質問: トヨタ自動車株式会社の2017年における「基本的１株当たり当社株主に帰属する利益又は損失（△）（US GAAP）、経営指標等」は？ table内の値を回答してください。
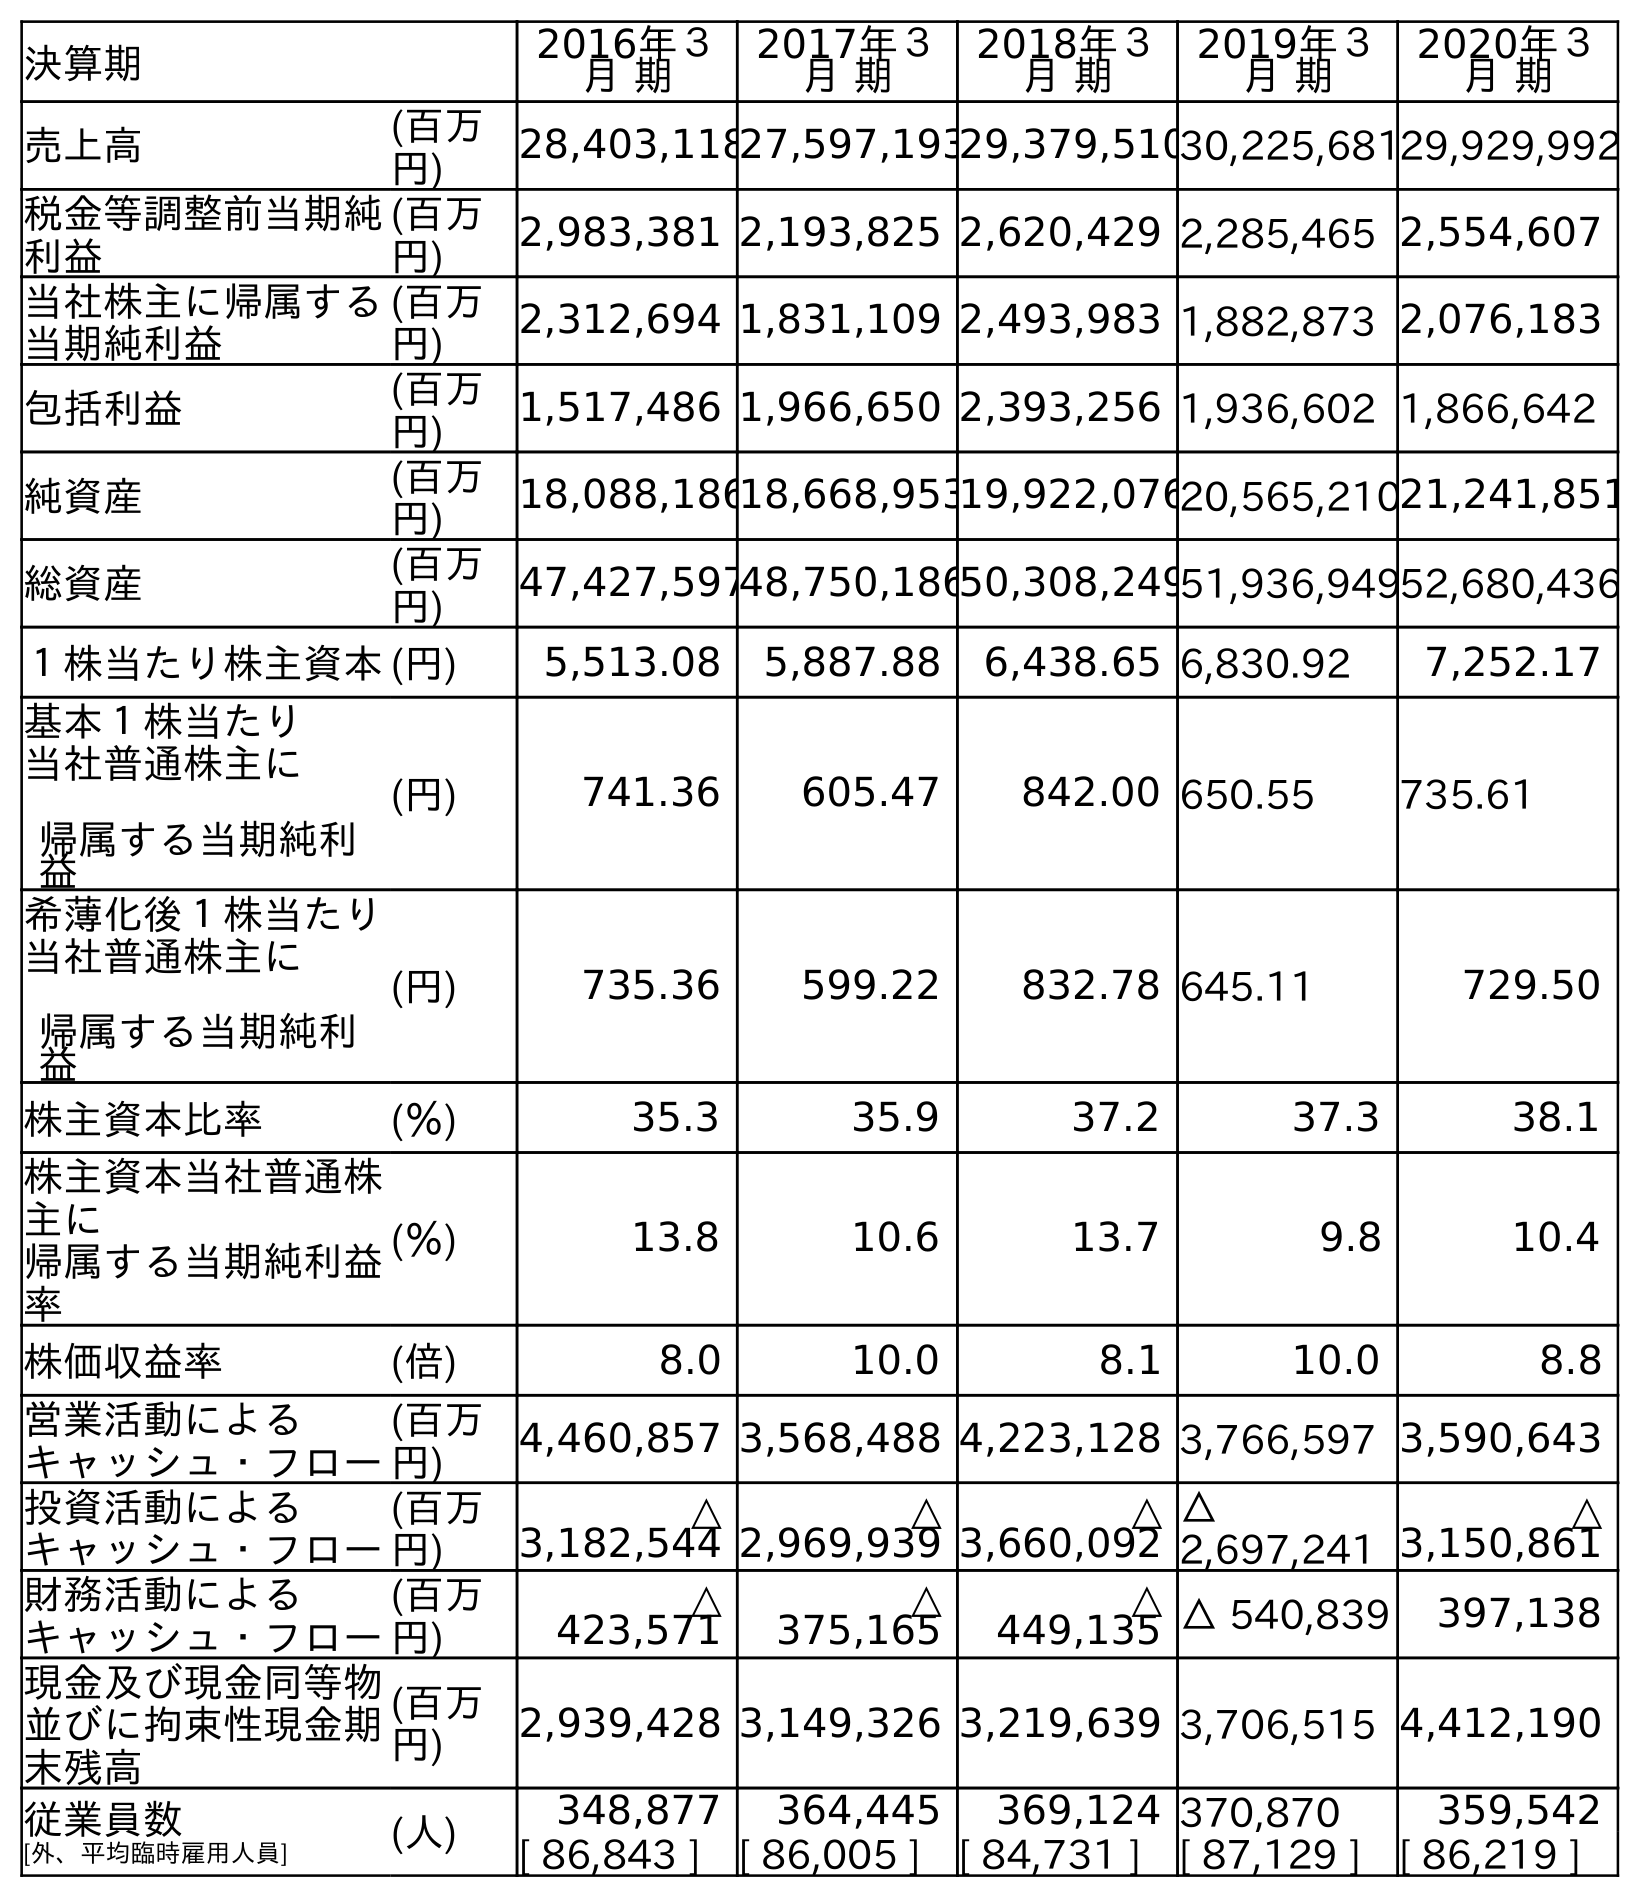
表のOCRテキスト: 決算期 2016年３ 月 期 2017年３ 月 期 2018年３ 月 期 2019年３ 月 期 2020年３ 月 期 売上高 (百万 円) 28,403,11827,597,19329,379,51030,225,68129,929,992 税金等調整前当期純 利益 (百万 円) 2,983,381 2,193,825 2,620,429 2,285,465 2,554,607 当社株主に帰属する 当期純利益 (百万 円) 2,312,694 1,831,109 2,493,983 1,882,873 2,076,183 包括利益 (百万 円) 1,517,486 1,966,650 2,393,256 1,936,602 1,866,642 純資産 (百万 円) 18,088,18618,668,95319,922,07620,565,21021,241,851 総資産 (百万 円) 47,427,59748,750,18650,308,24951,936,94952,680,436 １株当たり株主資本(円) 5,513.08 5,887.88 6,438.65 6,830.92 7,252.17 基本１株当たり 当社普通株主に 帰属する当期純利 益 (円) 741.36 605.47 842.00 650.55 735.61 希薄化後１株当たり 当社普通株主に 帰属する当期純利 益 (円) 735.36 599.22 832.78 645.11 729.50 株主資本比率 (％) 35.3 35.9 37.2 37.3 38.1 株主資本当社普通株 主に 帰属する当期純利益 率 (％) 13.8 10.6 13.7 9.8 10.4 株価収益率 (倍) 8.0 10.0 8.1 10.0 8.8 営業活動による キャッシュ・フロー (百万 円) 4,460,857 3,568,488 4,223,128 3,766,597 3,590,643 投資活動による キャッシュ・フロー (百万 円) △ 3,182,544 △ 2,969,939 △ 3,660,092 △ 2,697,241 △ 3,150,861 財務活動による キャッシュ・フロー (百万 円) △ 423,571 △ 375,165 △ 449,135 △ 540,839 397,138 現金及び現金同等物 並びに拘束性現金期 末残高 (百万 円) 2,939,428 3,149,326 3,219,639 3,706,515 4,412,190 従業員数 [外、平均臨時雇用人員] (人) 348,877 364,445 369,124 370,870 359,542 [ 86,843 ] [ 86,005 ] [ 84,731 ] [ 87,129 ] [ 86,219 ]
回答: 605.47